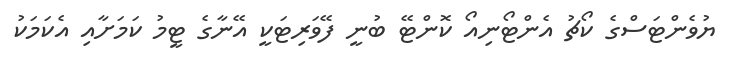
ޔުވެންޓަސްގެ ކޯޗު އެންޓޯނިއޯ ކޮންޓޭ ބުނީ ފޭވަރިޓަކީ އޭނާގެ ޓީމު ކަމަށާއި އެކަމަކު